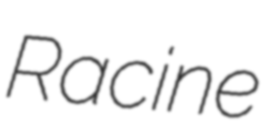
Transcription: Racine